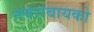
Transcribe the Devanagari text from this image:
नवराबायको